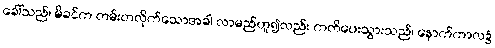
ခေါ်သည်၊ မိခင်က တမ်းတလိုက်သောအခါ လာမည်ဟူ၍လည်း ကတိပေးသွားသည်၊ နောက်ကာလ၌